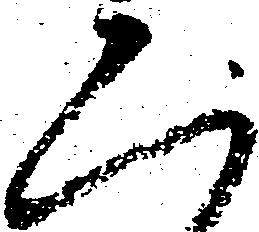
二